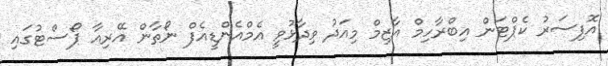
އޮފިސަރު ކެޕްޓަން އިބްރާހިމް އާޒިމް މިއަދު ވިދާޅުވީ އެމްއެންޑީއެފް ނޯތާން އޭރިއާ ޕޯސްޓުގައި